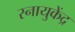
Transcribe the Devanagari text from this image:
स्नायुकेंद्र